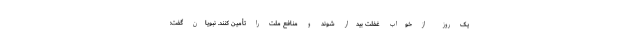
یک روز از خواب غفلت بیدار شوند و منافع ملت را تأمین کنند. نبویان گفت: